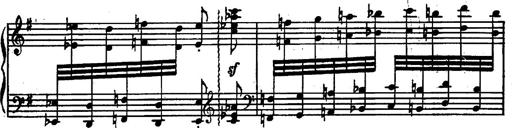
Title: Magyar rapszÃ³diÃ¡k
Composer: Franz Liszt